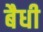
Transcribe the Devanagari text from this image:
बैधी